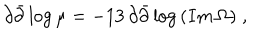
\partial \bar { \partial } \log { \mu } = - 1 3 \, \partial \bar { \partial } \log { ( I m \, \Omega ) } \; ,